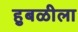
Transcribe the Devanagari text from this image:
हुबळीला